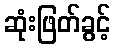
ဆုံးဖြတ်ခွင့်